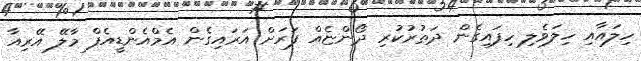
ހިލައާއި ހިލަވެލި ހިފައިގެން ދަތުރުކުރި ދޯންޏެއް ފަރަށް އަރައިގެން އެމްއެންޑީއެފް މާލޭ އޭރިއާ